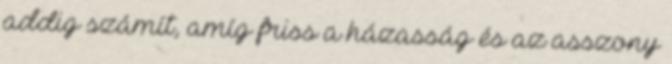
addig számít, amíg friss a házasság és az asszony